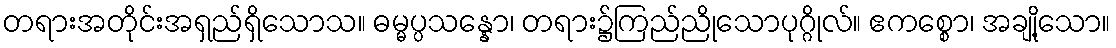
တရားအတိုင်းအရှည်ရှိသောသ။ ဓမ္မပ္ပသန္နော၊ တရား၌ကြည်ညိုသောပုဂ္ဂိုလ်။ ဧကစ္စော၊ အချို့သော။